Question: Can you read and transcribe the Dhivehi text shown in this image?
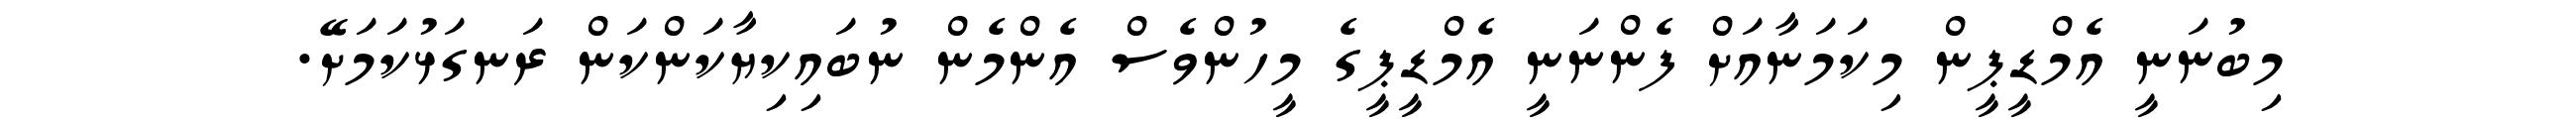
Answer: މިބުނަނީ އެމްޑީޕީން މިކަމަނާއަށް ފެންނަނީ އެމްޑީޕީގެ މީހުންވެސް އެންމެން ނުބައިކިޔާކަންކަން ރަނގަޅުކަމަށޭ.